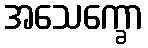
အသေက္ခော